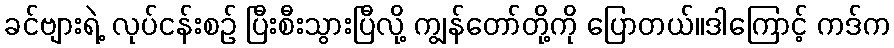
ခင်ဗျားရဲ့ လုပ်ငန်းစဉ် ပြီးစီးသွားပြီလို့ ကျွန်တော်တို့ကို ပြောတယ်။ဒါကြောင့် ကဒ်က